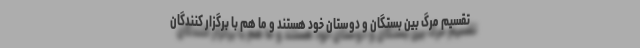
تقسیم مرگ بین بستگان و دوستان خود هستند و ما هم با برگزار کنندگان